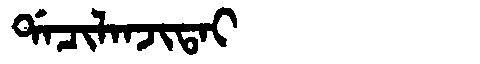
Manchu: ᡩᠠᠴᡳᠯᠠᠨᠵᡳᡨᠠᡳ
Romanization: DACILANJITAI